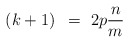
\begin{align*}\left(k+1\right)~=~2p\frac{n}{m}\end{align*}